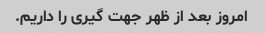
امروز بعد از ظهر جهت گیری را داریم.